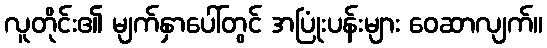
လူတိုင်း၏ မျက်နှာပေါ်တွင် အပြုံးပန်းများ ဝေဆာလျက်။